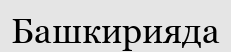
Башкирияда